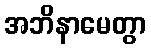
အဘိနာမေတွာ